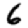
Digit: 6